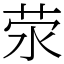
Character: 荥